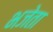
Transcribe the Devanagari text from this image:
भजेता